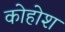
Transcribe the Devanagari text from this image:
कोहोश